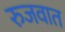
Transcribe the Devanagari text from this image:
रुजवात